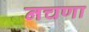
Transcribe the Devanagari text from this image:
नचणा